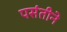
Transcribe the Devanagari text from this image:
पसंतीने